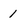
Character: 1